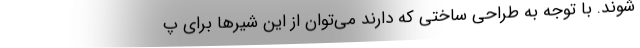
شوند. با توجه به طراحی ساختی که دارند می‌توان از این شیرها برای پ